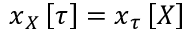
\boldsymbol { x } _ { \u { X } } \left[ \boldsymbol { \tau } \right] = \boldsymbol { x } _ { \u { \tau } } \left[ \boldsymbol { X } \right]